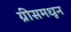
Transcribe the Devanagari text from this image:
ग्रीसमधून